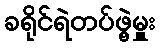
ခရိုင်ရဲတပ်ဖွဲ့မှူး